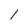
Character: 1